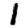
Digit: 1